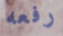
رفعه